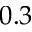
0 . 3